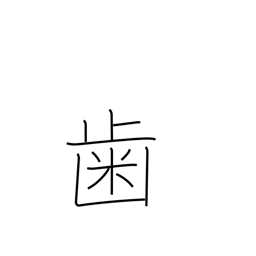
Meaning: tooth